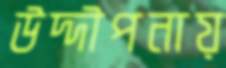
উদ্দীপনায়